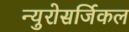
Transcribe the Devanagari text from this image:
न्युरोसर्जिकल